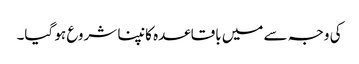
کی وجہ سے میں باقاعدہ کانپنا شروع ہو گیا۔